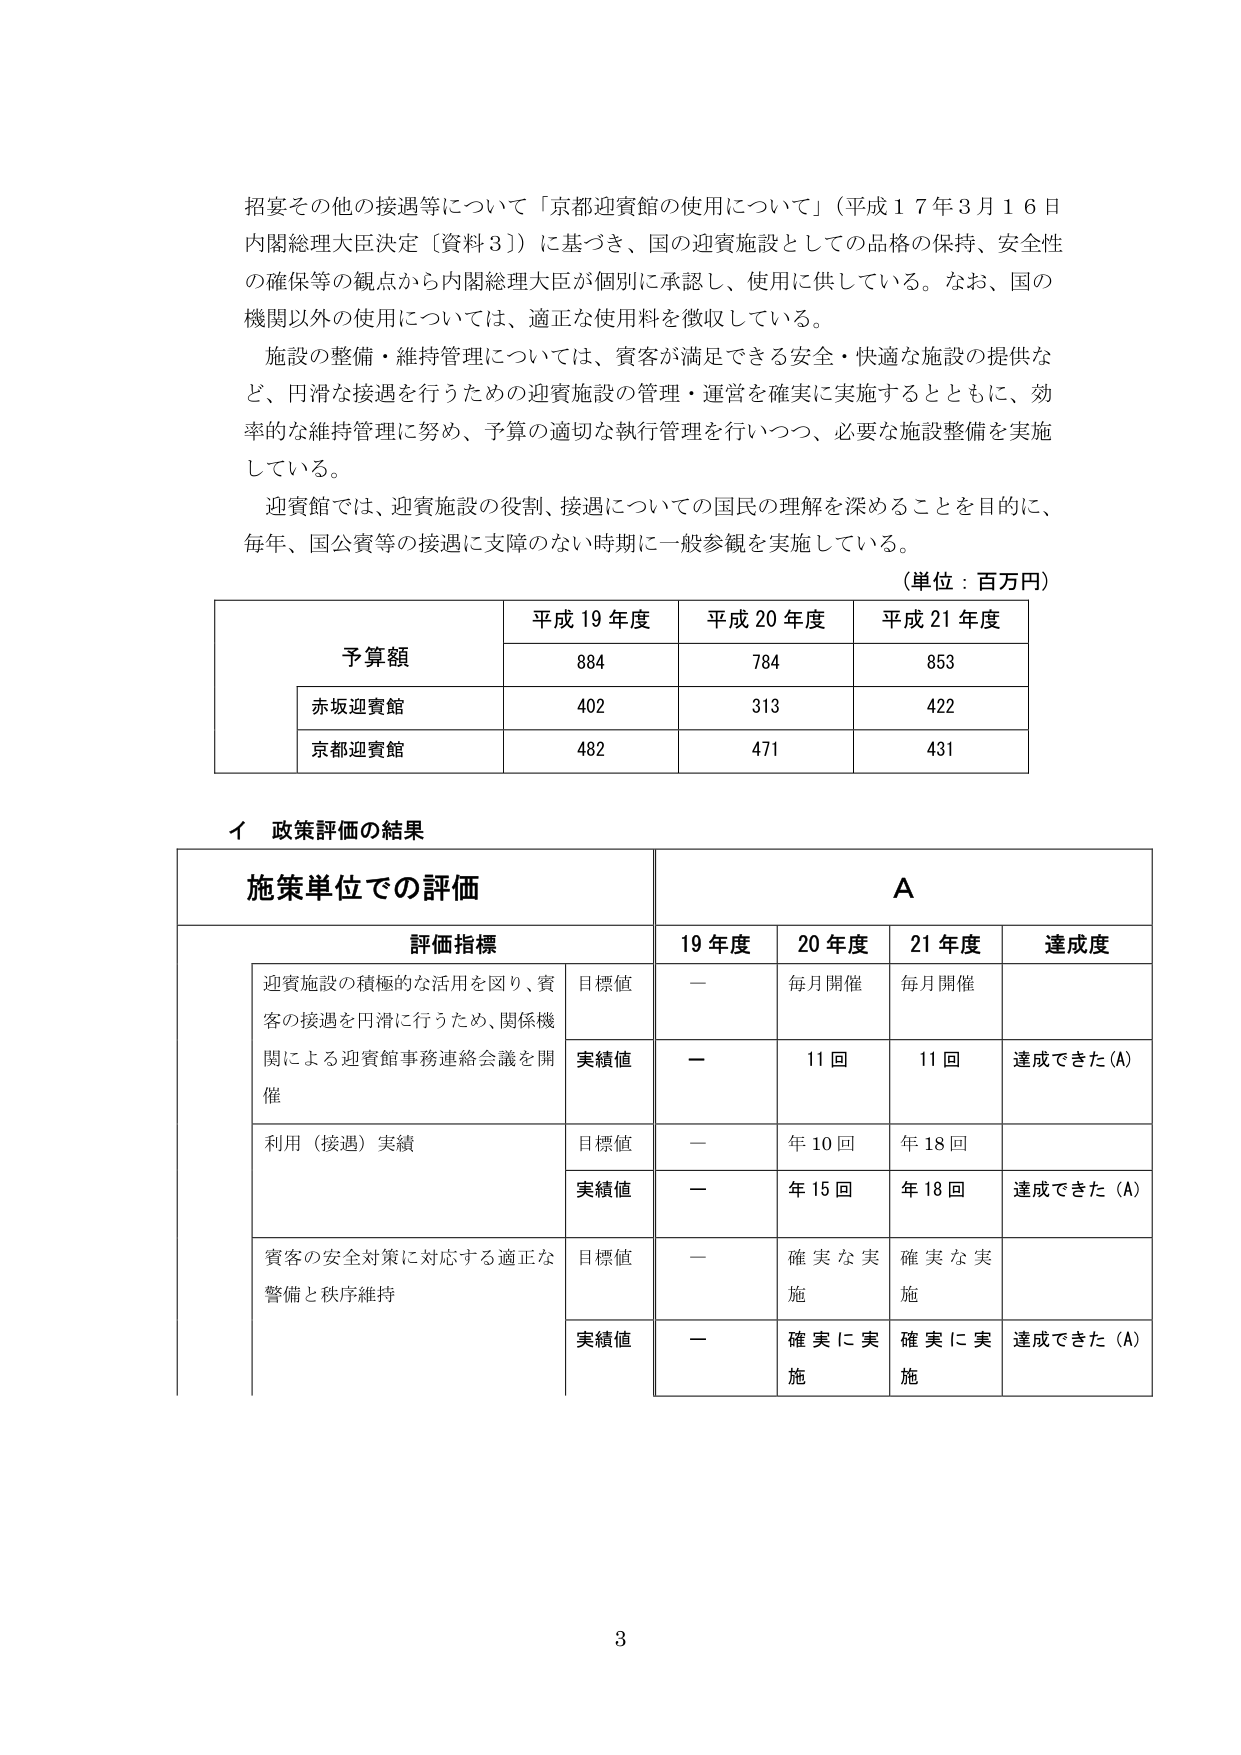
招宴その他の接遇等について「京都迎賓館の使用について」（平成１７年３月１６日 内閣総理大臣決定〔資料３〕）に基づき、国の迎賓施設としての品格の保持、安全性 の確保等の観点から内閣総理大臣が個別に承認し、使用に供している。なお、国の 機関以外の使用については、適正な使用料を徴収している。

施設の整備・維持管理については、賓客が満足できる安全・快適な施設の提供な ど、円滑な接遇を行うための迎賓施設の管理・運営を確実に実施するとともに、効 率的な維持管理に努め、予算の適切な執行管理を行いつつ、必要な施設整備を実施 している。

迎賓館では、迎賓施設の役割、接遇についての国民の理解を深めることを目的に、 毎年、国公賓等の接遇に支障のない時期に一般参観を実施している。

（単位：百万円）

予算額
平成19年度　平成20年度　平成21年度
　　　884　　　　784　　　　853
赤坂迎賓館　　402　　　　313　　　　422
京都迎賓館　　482　　　　471　　　　431

イ 政策評価の結果

施策単位での評価　　　　　　　　　　　　　　　　　　　　　　　　　　　　A

評価指標　　　　　　　　　　　　　　　　　　19年度　　20年度　　21年度　　達成度

迎賓施設の積極的な活用を図り、賓客の接遇を円滑に行うため、関係機関による迎賓館事務連絡会議を開催
　目標値　　　　　　　　　　　　　　　　－　　　毎月開催　　毎月開催
　実績値　　　　　　　　　　　　　　　　－　　　11回　　　　11回　　　達成できた（A）

利用（接遇）実績
　目標値　　　　　　　　　　　　　　　　－　　　年10回　　　年18回
　実績値　　　　　　　　　　　　　　　　－　　　年15回　　　年18回　　　達成できた（A）

賓客の安全対策に対応する適正な警備と秩序維持
　目標値　　　　　　　　　　　　　　　　－　　　確実な実施　　確実な実施
　実績値　　　　　　　　　　　　　　　　－　　　確実に実施　　確実に実施　　達成できた（A）

3